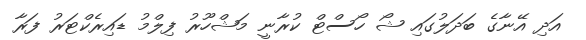
އަދި އޭނާގެ ބަދަލުގައި ޝޯ ހޯސްޓް ކުރާނީ މަޝްހޫރު ފިލްމު ޑައިރެކްޓަރު ފަރާ